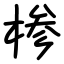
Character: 椮